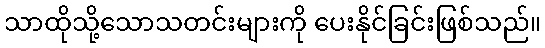
သာထိုသို့သောသတင်းများကို ပေးနိုင်ခြင်းဖြစ်သည်။